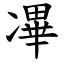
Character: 㓖